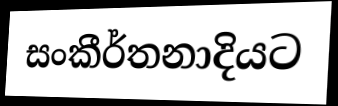
සංකීර්තනාදියට